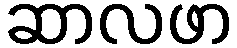
ဆာလဖာ